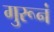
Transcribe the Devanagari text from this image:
गुरूनं